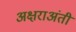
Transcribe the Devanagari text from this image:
अक्षराअंती